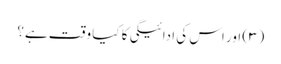
(۳) اور اس کی ادائیگی کا کیا وقت ہے؟